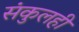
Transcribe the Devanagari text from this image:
संकुलही